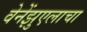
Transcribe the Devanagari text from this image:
वेनेंझुएलाचा